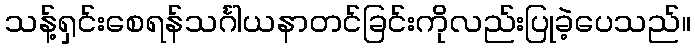
သန့်ရှင်းစေရန်သင်္ဂါယနာတင်ခြင်းကိုလည်းပြုခဲ့ပေသည်။